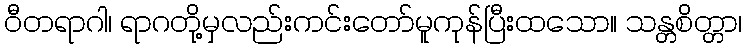
ဝီတရာဂါ၊ ရာဂတို့မှလည်းကင်းတော်မူကုန်ပြီးထသော။ သန္တစိတ္တာ၊